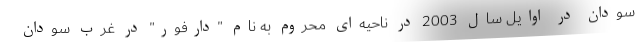
سودان در اوایل سال 2003 در ناحیه‌ای محروم به نام "دارفور" در غرب سودان